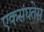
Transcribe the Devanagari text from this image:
एकसंघतेस